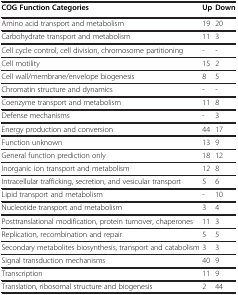
<table><thead><tr><td><b>COG Function Categories</b></td><td><b>Up</b></td><td><b>Down</b></td></tr></thead><tbody><tr><td>Amino acid transport and metabolism</td><td>19</td><td>20</td></tr><tr><td>Carbohydrate transport and metabolism</td><td>11</td><td>3</td></tr><tr><td>Cell cycle control, cell division, chromosome partitioning</td><td>-</td><td>-</td></tr><tr><td>Cell motility</td><td>15</td><td>2</td></tr><tr><td>Cell wall/membrane/envelope biogenesis</td><td>8</td><td>5</td></tr><tr><td>Chromatin structure and dynamics</td><td>-</td><td>-</td></tr><tr><td>Coenzyme transport and metabolism</td><td>11</td><td>8</td></tr><tr><td>Defense mechanisms</td><td>-</td><td>3</td></tr><tr><td>Energy production and conversion</td><td>44</td><td>17</td></tr><tr><td>Function unknown</td><td>13</td><td>9</td></tr><tr><td>General function prediction only</td><td>18</td><td>12</td></tr><tr><td>Inorganic ion transport and metabolism</td><td>12</td><td>8</td></tr><tr><td>Intracellular trafficking, secretion, and vesicular transport</td><td>5</td><td>6</td></tr><tr><td>Lipid transport and metabolism</td><td>-</td><td>10</td></tr><tr><td>Nucleotide transport and metabolism</td><td>3</td><td>4</td></tr><tr><td>Posttranslational modification, protein turnover, chaperones</td><td>11</td><td>3</td></tr><tr><td>Replication, recombination and repair</td><td>5</td><td>5</td></tr><tr><td>Secondary metabolites biosynthesis, transport and catabolism</td><td>3</td><td>3</td></tr><tr><td>Signal transduction mechanisms</td><td>40</td><td>9</td></tr><tr><td>Transcription</td><td>11</td><td>9</td></tr><tr><td>Translation, ribosomal structure and biogenesis</td><td>2</td><td>44</td></tr></tbody></table>